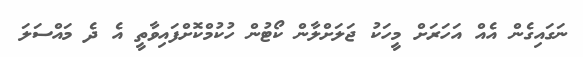
ނަގައިގެން އެއް އަހަރަށް މީހަކު ޖަލަށްލާން ކޯޓުން ހުކުމްކޮށްފައިވާތީ އެ ދެ މައްސަލަ